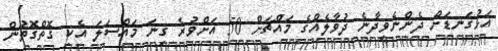
އަޅުގަނޑަށް ދެންނެވިދާނެ ދުވާލެއްގެ މައްޗަށް 50 އަށްވުރެ ގިނަ މައްސަލަ އެކި ގޮތްގޮތުން